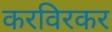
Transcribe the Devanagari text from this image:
करविरकर